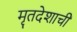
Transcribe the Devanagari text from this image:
मृतदेशाची